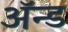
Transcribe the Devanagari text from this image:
ॲन्‍ड